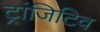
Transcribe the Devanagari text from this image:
ट्रांजिटिव